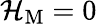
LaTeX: {\cal H}_{\mathrm{M}}=0